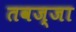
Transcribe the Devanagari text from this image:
तवज्जा